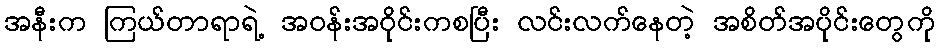
အနီးက ကြယ်တာရာရဲ့ အဝန်းအဝိုင်းကစပြီး လင်းလက်နေတဲ့ အစိတ်အပိုင်းတွေကို